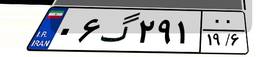
۰۶گ۲۹۱۰۰